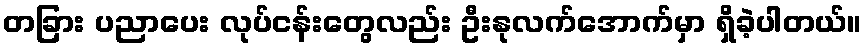
တခြား ပညာပေး လုပ်ငန်းတွေလည်း ဦးနုလက်အောက်မှာ ရှိခဲ့ပါတယ်။